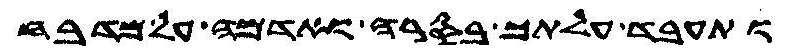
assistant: ותעבד עלתך בסרה ואדמה על מדבח